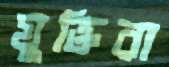
যুক্তিরা